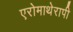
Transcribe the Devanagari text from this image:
एरोमाथेरापी